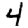
Digit: 4